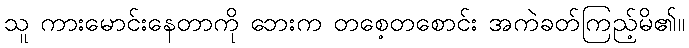
သူ ကားမောင်းနေတာကို ဘေးက တစေ့တစောင်း အကဲခတ်ကြည့်မိ၏။